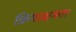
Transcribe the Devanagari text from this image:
क्रियाक्षमता